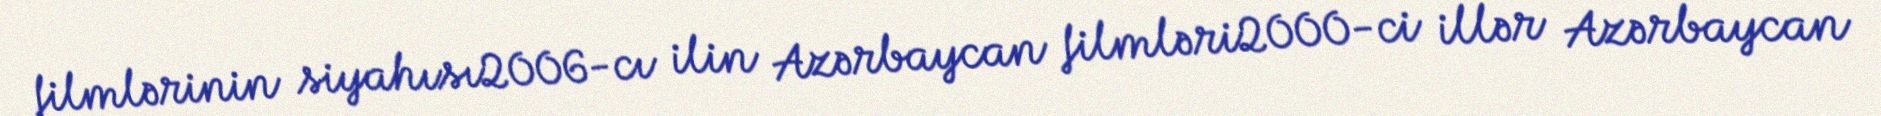
filmlərinin siyahısı2006-cı ilin Azərbaycan filmləri2000-ci illər Azərbaycan